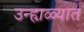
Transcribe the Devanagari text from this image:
उन्हा़ळ्यात